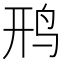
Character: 𫛚